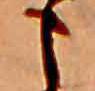
こ